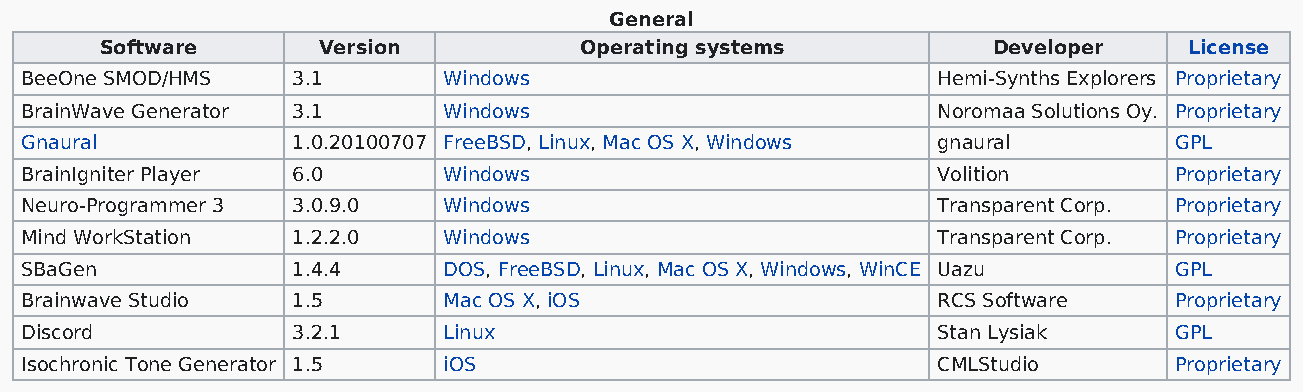
General
 Software      Version          Operating systems           Developer    License
 BeeOne SMOD/HMS   3.1       Windows                          Hemi-Synths Explorers Proprietary
 BrainWave Generator 3.1     Windows                          Noromaa Solutions Oy. Proprietary
 Gnaural           1.0.20100707 FreeBSD, Linux, Mac OS X, Windows gnaural     GPL
 BrainIgniter Player 6.0     Windows                          Volition        Proprietary
 Neuro-Programmer 3 3.0.9.0  Windows                          Transparent Corp. Proprietary
 Mind WorkStation  1.2.2.0   Windows                          Transparent Corp. Proprietary
 SBaGen            1.4.4     DOS, FreeBSD, Linux, Mac OS X, Windows, WinCE Uazu GPL
 Brainwave Studio  1.5       Mac OS X, iOS                    RCS Software    Proprietary
 Discord           3.2.1     Linux                            Stan Lysiak     GPL
 Isochronic Tone Generator 1.5 iOS                            CMLStudio       Proprietary